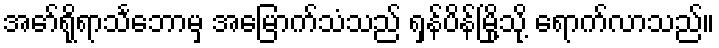
အော်ရိုရာသင်္ဘောမှ အမြောက်သံသည် ရှန်ပိန်မြို့သို့ ရောက်လာသည်။